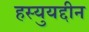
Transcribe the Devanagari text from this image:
हस्युयद्दीन